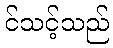
င်သင့်သည်